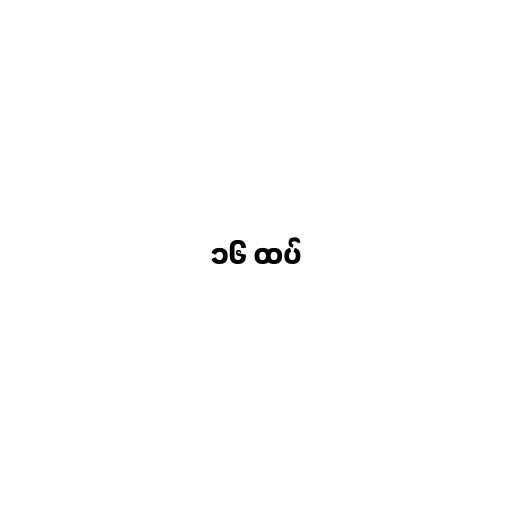
၁၆ ထပ်